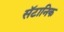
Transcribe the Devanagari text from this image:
सॅटानिक